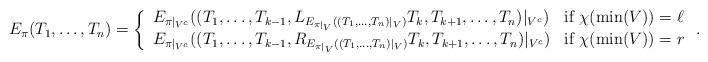
LaTeX: \begin{align*}E_\pi(T_1, \ldots, T_n) = \left\{\begin{array}{ll}E_{\pi|_{V^c}}((T_1, \ldots, T_{k-1}, L_{E_{\pi|_V}((T_{1},\ldots, T_n)|_V)} T_k, T_{k+1}, \ldots, T_n)|_{V^c}) & \mbox{if } \chi(\min(V)) = \ell \\E_{\pi|_{V^c}}((T_1, \ldots, T_{k-1}, R_{E_{\pi|_V}((T_{1},\ldots, T_n)|_V)} T_k, T_{k+1}, \ldots, T_n)|_{V^c}) & \mbox{if } \chi(\min(V)) = r\end{array} \right..\end{align*}